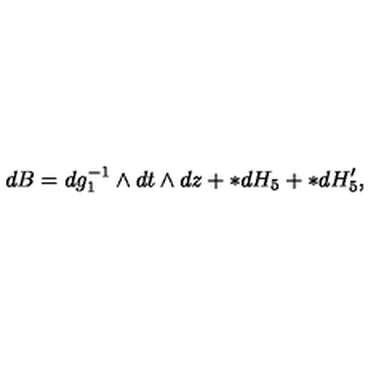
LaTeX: d B = d g _ { 1 } ^ { - 1 } \wedge d t \wedge d z + * d H _ { 5 } + * d H _ { 5 } ^ { \prime } ,